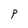
Character: P